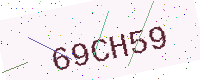
Text: 69CH59